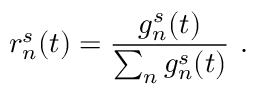
r _ { n } ^ { s } ( t ) = \frac { g _ { n } ^ { s } ( t ) } { \sum _ { n } g _ { n } ^ { s } ( t ) } ~ .